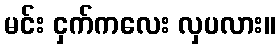
မင်း ငှက်ကလေး လှပလား။